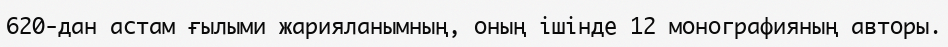
620-дан астам ғылыми жарияланымның, оның ішінде 12 монографияның авторы.